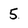
Character: 5